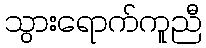
သွားရောက်ကူညီ